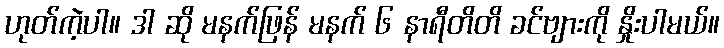
ဟုတ်ကဲ့ပါ။ ဒါ ဆို မနက်ဖြန် မနက် ၆ နာရီတိတိ ခင်ဗျားကို နှိုးပါမယ်။